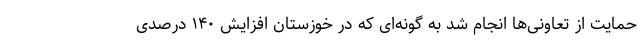
حمایت از تعاونی‌ها انجام شد به گونه‌ای که در خوزستان افزایش ۱۴۰ درصدی